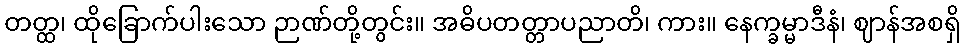
တတ္ထ၊ ထိုခြောက်ပါးသော ဉာဏ်တို့တွင်း။ အဓိပတတ္တာပညာတိ၊ ကား။ နေက္ခမ္မာဒီနံ၊ ဈာန်အစရှိ